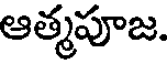
ఆత్మపూజ.